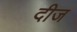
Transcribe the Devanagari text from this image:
दीज